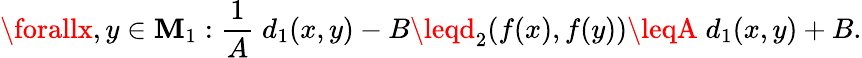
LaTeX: \forallx,y\in\mathbf{M}_{1}:{\frac{{1}}{{A}}}\; d_{1}(x,y)-B\leqd_{2}(f(x),f(y))\leqA\; d_{1}(x,y)+B.